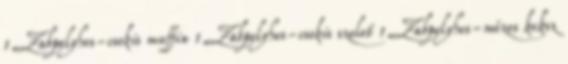
1 Zabpelyhes-csokis muffin 1 Zabpelyhes-csokis szelet 1 Zabpelyhes-mézes keksz